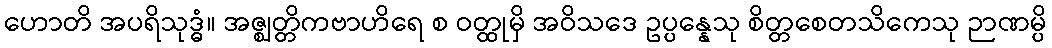
ဟောတိ အပရိသုဒ္ဓံ။ အဇ္ဈတ္တိကဗာဟိရေ စ ဝတ္ထုမှိ အဝိသဒေ ဥပ္ပန္နေသု စိတ္တစေတသိကေသု ဉာဏမ္ပိ